Report of the Bombay Plague Committee
Disease focus: Plague
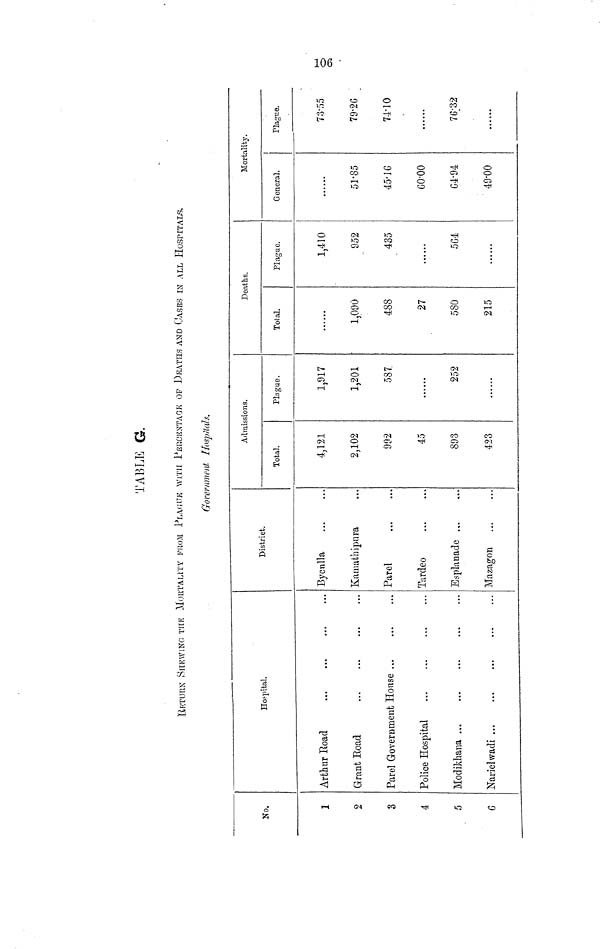
TABLE G.
RETURN SHEWING THE MORTALITY FROM PLAGUE WITH PERCENTAGE OF DEATHS AND OASES IN ALL HOSPITALS.
Go vernment Hospitals,
No.
1
2
3
4
5
G
Hofpital.
Arthur Eoad
Grant Road
Parel Government House
Police Hospital
Modikhana
Narielwadi
District.
Bycnlla
Ivamathipnra
Parel
Tardeo
Esplanade
Mazagon
Admissions.
Total.
4,121
2,102
902
45
893
423
Plague.
1,917
1,201
587.
252
Deaths.
Total.
1,090
488
27
580
215
Plague.
1,410
952
435
564
Mortality.
General.
51·85
45·16
60·0
64·4
40·00
Plague.
73·55
79·26
74·10
76·32
106